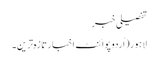
تفصیلی خبر
لاہور(اُردو پوائنٹ اخبار تازہ ترین۔